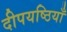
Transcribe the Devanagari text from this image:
दीपयष्ठियाँ